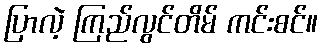
ပြာလဲ့ ကြည်လွင်တိမ် ကင်းစင်။